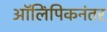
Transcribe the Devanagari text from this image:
ऑलिंपिकनंतर